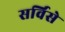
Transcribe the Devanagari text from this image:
सर्विसे